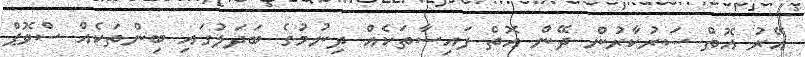
އޭރު އޮތް ސަރުކާރުން ދޭން އޮތް ފައިސާތަކެއް ދިނުމުގެ ބަދަލުގައި ބިންތަކެއް ސްވޮޕް